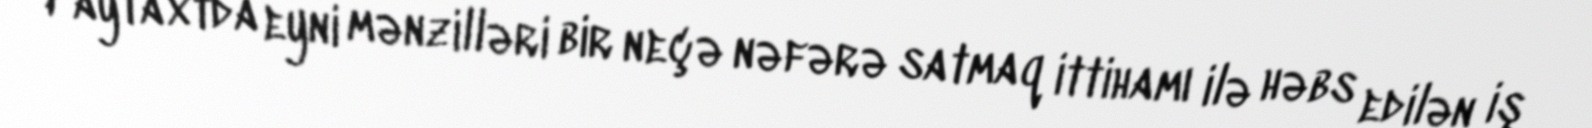
Paytaxtda eyni mənzilləri bir neçə nəfərə satmaq ittihamı ilə həbs edilən iş